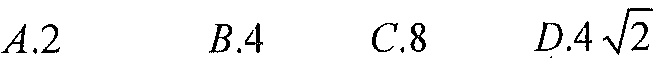
\(A.2\quad B.4\quad C.8\quad D.4\sqrt{2}\)